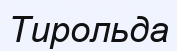
Тирольда